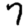
Digit: 7